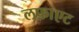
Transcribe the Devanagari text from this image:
लफ़ाएट